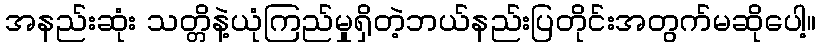
အနည်းဆုံး သတ္တိနဲ့ယုံကြည်မှုရှိတဲ့ဘယ်နည်းပြတိုင်းအတွက်မဆိုပေါ့။